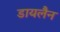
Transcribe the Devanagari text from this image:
डायलैन